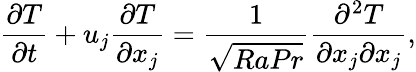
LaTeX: \frac{\partial T}{\partial t}+u_{j}\frac{\partial T}{\partial x_{j}}=\frac{1}{\sqrt{RaPr}}\frac{\partial^{2}T}{\partial x_{j}\partial x_{j}},